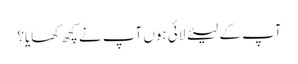
آپ کے لیئے لائی ہوں آپ نے کچھ کھایا؟